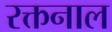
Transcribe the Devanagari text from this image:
रक्तनाल